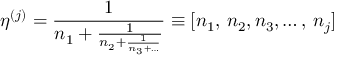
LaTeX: \eta ^ { ( j ) } = \frac { 1 } { n _ { 1 } + \frac { 1 } { n _ { 2 } + \frac { 1 } { n _ { 3 } + \ldots } } } \equiv [ n _ { 1 } , \, n _ { 2 } , n _ { 3 } , \ldots , \, n _ { j } ]